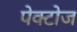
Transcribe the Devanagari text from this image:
पेक्टोज